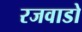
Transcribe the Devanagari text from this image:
रजवाडो